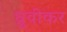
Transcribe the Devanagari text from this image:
ध्रुवीकर